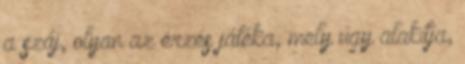
a száj, olyan az érzés játéka, mely úgy alakítja,